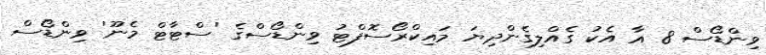
ވިންޑޯސް 8 އާ އެކު ގެއްލިގެންދިޔަ މައިކްރޯސޮފްޓު ވިންޑޯސްގެ 'ސްޓާޓް މެނޫ' ވިންޑޯސް